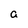
Character: a